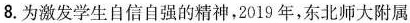
8.为激发学生自信自强的精神，2019年，东北师大附属